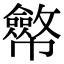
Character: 𢅸